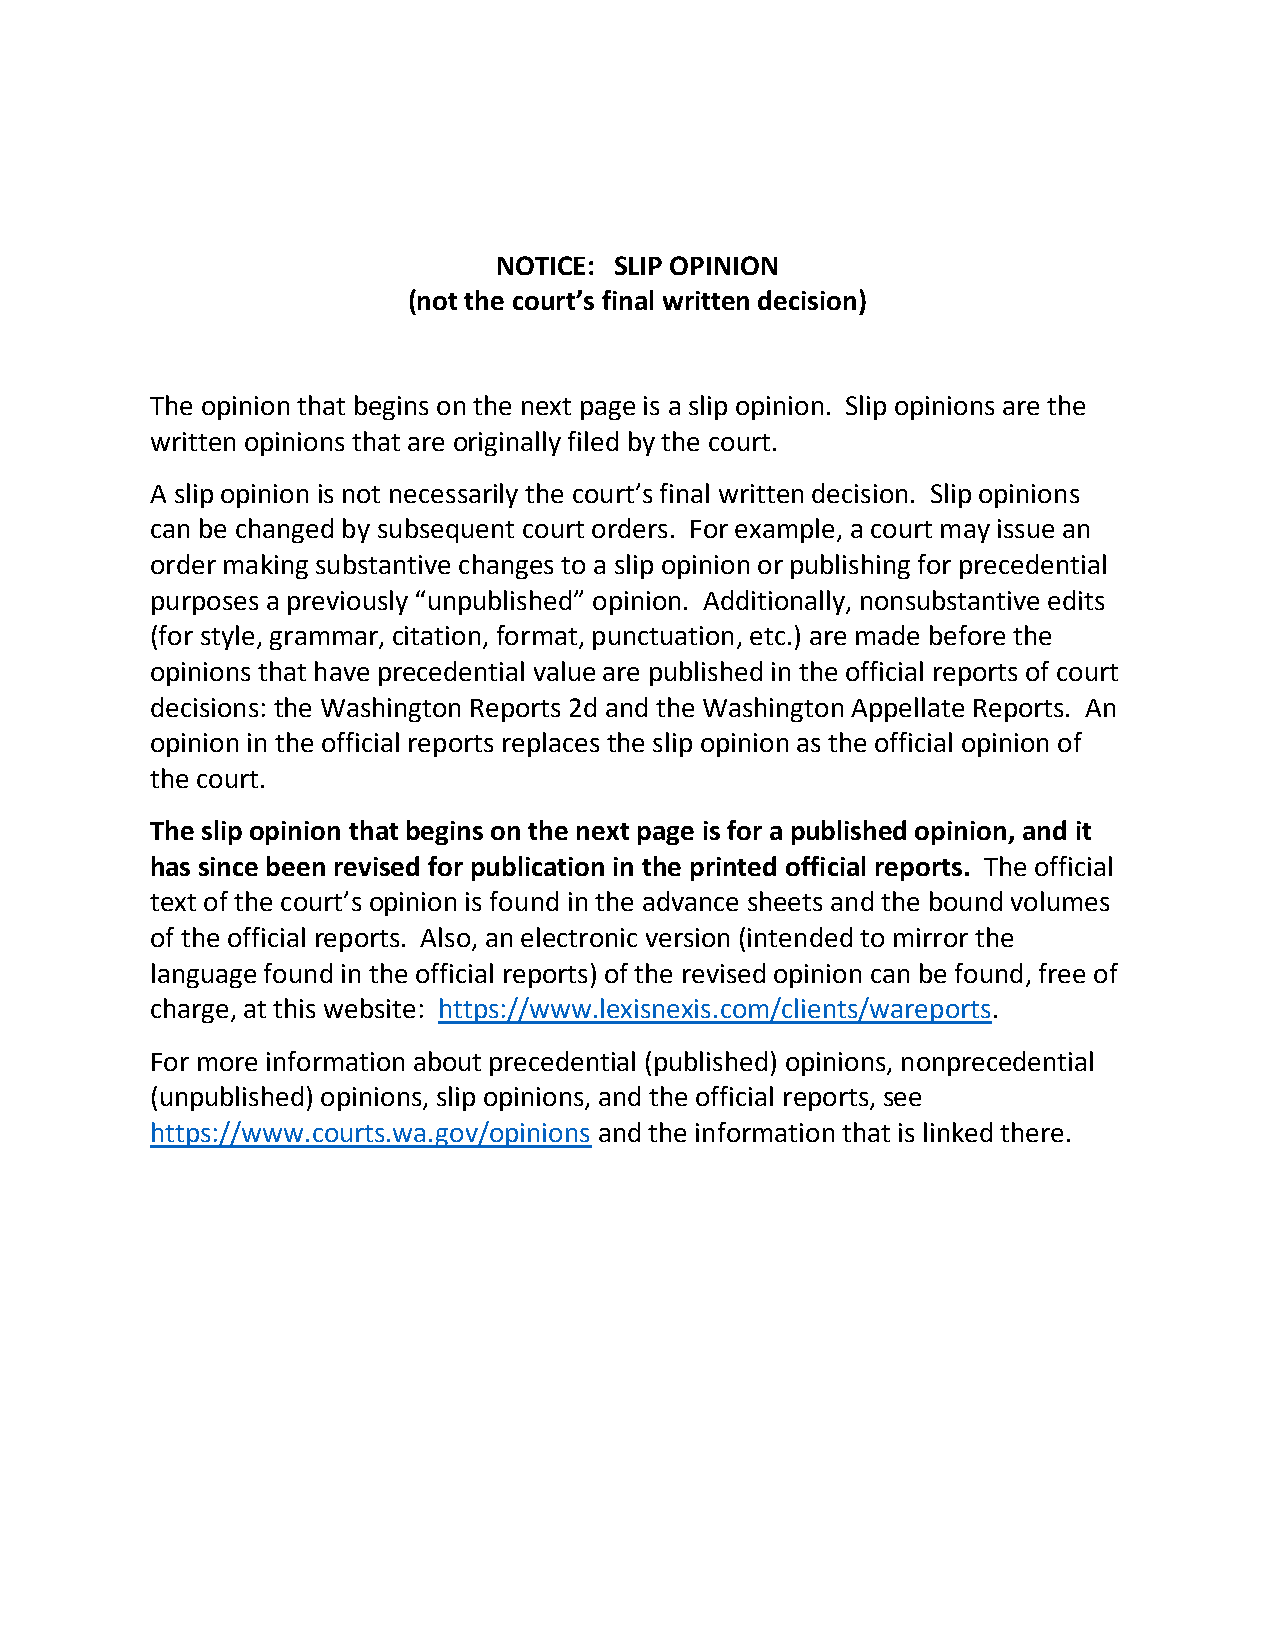
NOTICE: SLIP OPINION
 (not the court’s final written decision)
 The opinion that begins on the next page is a slip opinion. Slip opinions are the
 written opinions that are originally filed by the court.
 A slip opinion is not necessarily the court’s final written decision. Slip opinions
 can be changed by subsequent court orders. For example, a court may issue an
 order making substantive changes to a slip opinion or publishing for precedential
 purposes a previously “unpublished” opinion. Additionally, nonsubstantive edits
 (for style, grammar, citation, format, punctuation, etc.) are made before the
 opinions that have precedential value are published in the official reports of court
 decisions: the Washington Reports 2d and the Washington Appellate Reports. An
 opinion in the official reports replaces the slip opinion as the official opinion of
 the court.
 The slip opinion that begins on the next page is for a published opinion, and it
 has since been revised for publication in the printed official reports. The official
 text of the court’s opinion is found in the advance sheets and the bound volumes
 of the official reports. Also, an electronic version (intended to mirror the
 language found in the official reports) of the revised opinion can be found, free of
 charge, at this website: https://www.lexisnexis.com/clients/wareports.
 For more information about precedential (published) opinions, nonprecedential
 (unpublished) opinions, slip opinions, and the official reports, see
 https://www.courts.wa.gov/opinions and the information that is linked there.